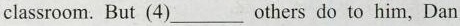
classroom. But (4)___ others do to him, Dan